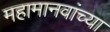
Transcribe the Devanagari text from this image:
महामानवांच्या